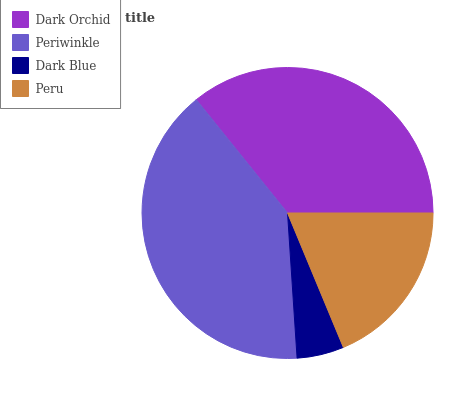
| Dark Orchid | Periwinkle | Dark Blue | Peru |
 | --- | --- | --- | --- |
 | 35.8% | 40.2% | 5.22% | 18.8% |